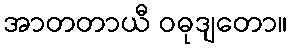
အာတတာယီ ဝဓုဒျတော။